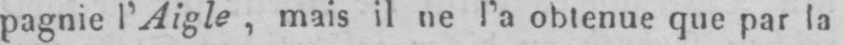
pagnie, l’Aigle, mais il ne l’a obtenue crue par la